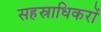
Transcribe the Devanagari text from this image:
सहस्राधिकरों